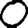
Digit: 0